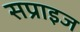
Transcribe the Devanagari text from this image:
सप्राइज